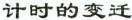
计时的变迁